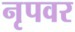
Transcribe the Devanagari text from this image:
नृपवर